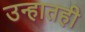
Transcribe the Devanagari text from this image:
उन्हातही